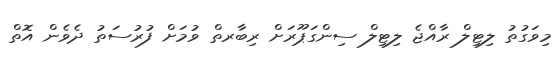
މިވަގުތު ލިޓިލް ރާއްޖެ ލިޓިލް ސިންގަޕޫރަށް ރިބާރތް ވުމަށް ފުރުސަތު ދެވެން އޮތް